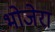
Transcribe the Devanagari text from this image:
भोजेरा